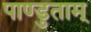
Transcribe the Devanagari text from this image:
पाण्डुताम्‌